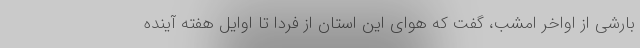
بارشی از اواخر امشب، گفت که هوای این استان از فردا تا اوایل هفته آینده